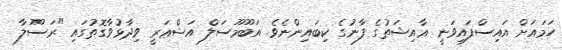
ހަމައަށް އައިސްފައިވަނީ ޢާއިޝަތުގެ ފާނުގެ ކިބައިންނެވެ. އަބޫމޫސަލް އަޝްޢަރީ ވިދާޅުވާގޮތުގައި "ރަސޫލާ